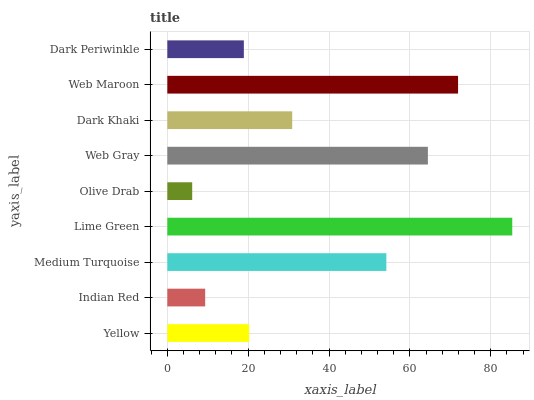
| yaxis_label | bars |
 | --- | --- |
 | Yellow | 20.2 |
 | Indian Red | 9.36 |
 | Medium Turquoise | 54.2 |
 | Lime Green | 85.3 |
 | Olive Drab | 6.16 |
 | Web Gray | 64.5 |
 | Dark Khaki | 30.9 |
 | Web Maroon | 71.9 |
 | Dark Periwinkle | 18.9 |